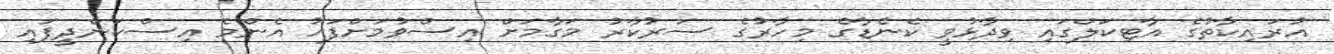
އުރައިކާތުގެ އާޓިކަލްގައި ވިދާޅުވީ ކެނެޑާގެ މިހާރުގެ ސަރުކާރު މަގާމަށް އިސްވުމަށްފަހު އެންމެ އިސްކަންދީފައި